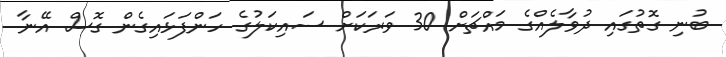
ބުނި ގޮތުގައި ދުވާލެއްގެ މައްޗަށް 30 ވަރަކަށް ސައިކަލުގެ ހަންފަޅައިގެން ގޮސް އޭނާ